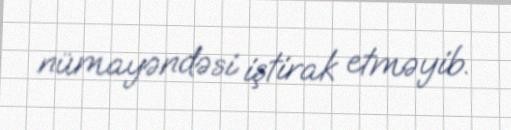
nümayəndəsi iştirak etməyib.